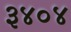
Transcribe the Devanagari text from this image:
३४०४